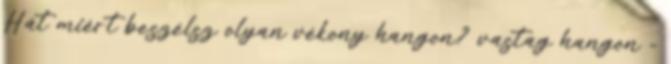
Hát miért beszélsz olyan vékony hangon? vastag hangon -